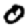
Digit: 0